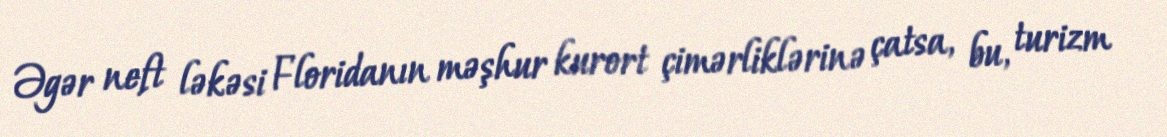
Əgər neft ləkəsi Floridanın məşhur kurort çimərliklərinə çatsa, bu, turizm